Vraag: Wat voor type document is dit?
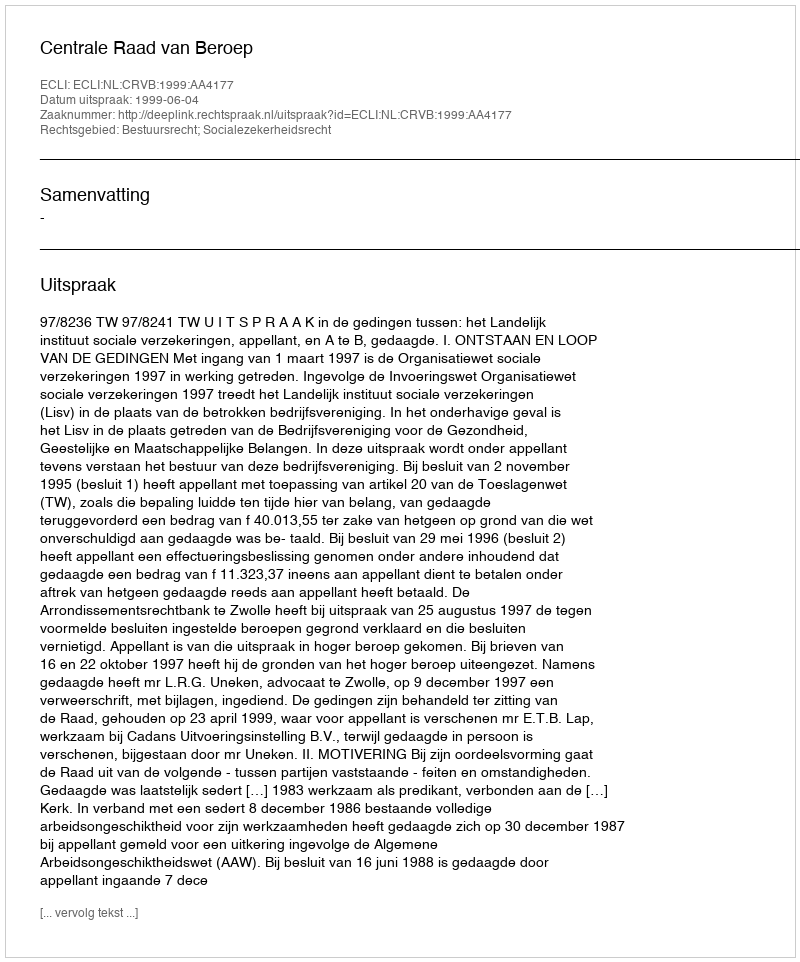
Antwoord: Uitspraak